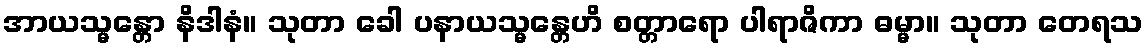
အာယသ္မန္တော နိဒါနံ။ သုတာ ခေါ ပနာယသ္မန္တေဟိ စတ္တာရော ပါရာဇိကာ ဓမ္မာ။ သုတာ တေရသ